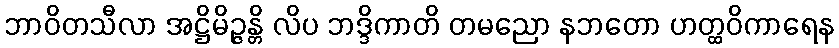
ဘာဝိတသီလာ အဋ္ဌိမိဉ္ဇန္တိ လိပ ဘဒ္ဒိကာတိ တမညော နဘတော ဟတ္ထဝိကာရေန